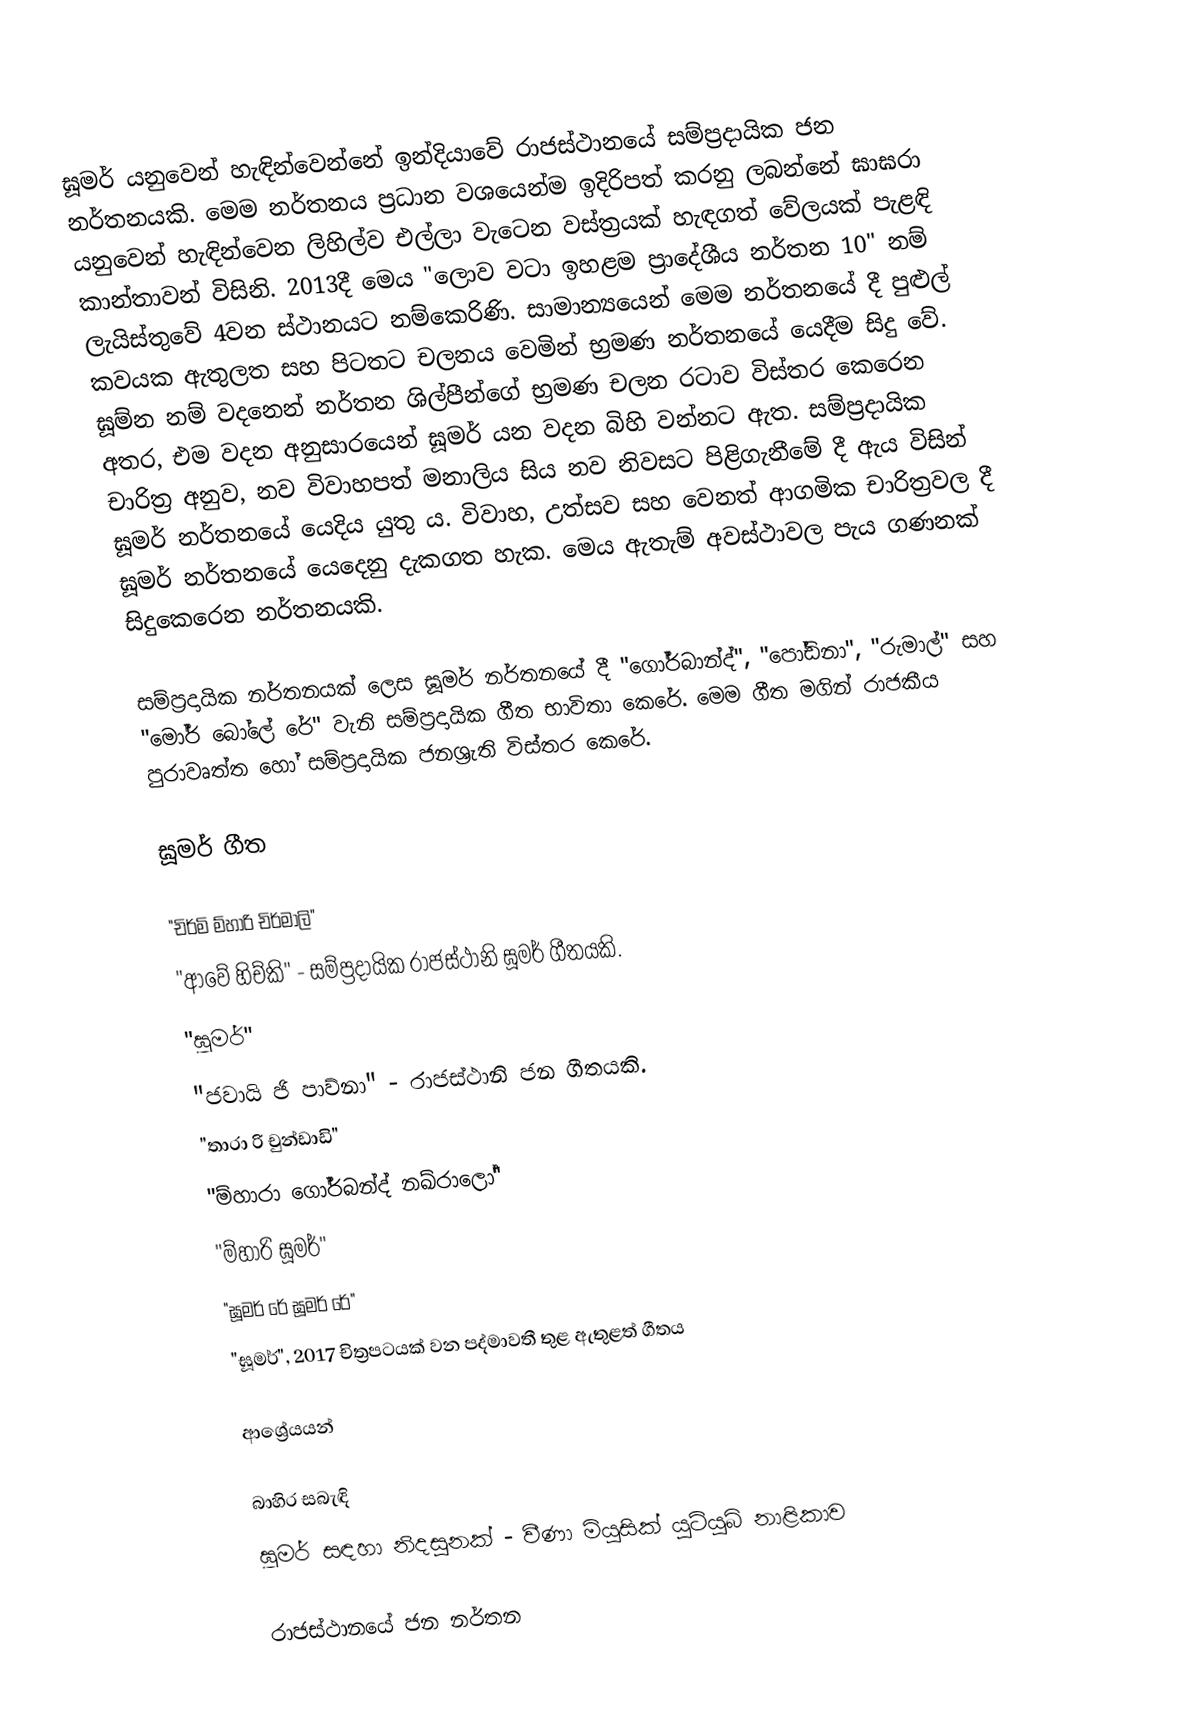
ඝූමර් යනුවෙන් හැඳින්වෙන්නේ ඉන්දියාවේ රාජස්ථානයේ සම්ප්‍රදායික ජන නර්තනයකි. මෙම නර්තනය ප්‍රධාන වශයෙන්ම ඉදිරිපත් කරනු ලබන්නේ ඝාඝරා යනුවෙන් හැඳින්වෙන ලිහිල්ව එල්ලා වැටෙන වස්ත්‍රයක් හැඳගත් වේලයක් පැළඳි කාන්තාවන් විසිනි. 2013දී මෙය "ලොව වටා ඉහළම ප්‍රාදේශීය නර්තන 10" නම් ලැයිස්තුවේ 4වන ස්ථානයට නම්කෙරිණි. සාමාන්‍යයෙන් මෙම නර්තනයේ දී පුළුල් කවයක ඇතුලත සහ පිටතට චලනය වෙමින් භ්‍රමණ නර්තනයේ යෙදීම සිදු වේ. ඝූම්න නම් වදනෙන් නර්තන ශිල්පීන්ගේ භ්‍රමණ චලන රටාව විස්තර කෙරෙන අතර, එම වදන අනුසාරයෙන් ඝූමර් යන වදන බිහි වන්නට ඇත. සම්ප්‍රදායික චාරිත්‍ර අනුව, නව විවාහපත් මනාලිය සිය නව නිවසට පිළිගැනීමේ දී ඇය විසින් ඝූමර් නර්තනයේ යෙදිය යුතු ය. විවාහ, උත්සව සහ වෙනත් ආගමික චාරිත්‍රවල දී ඝූමර් නර්තනයේ යෙදෙනු දැකගත හැක. මෙය ඇතැම් අවස්ථාවල පැය ගණනක් සිදුකෙරෙන නර්තනයකි.

සම්ප්‍රදායික නර්තනයක් ලෙස ඝූමර් නර්තනයේ දී "ගෝර්බාන්ද්", "පෝඩිනා", "රුමාල්" සහ "මෝර් බෝලේ රේ" වැනි සම්ප්‍රදායික ගීත භාවිතා කෙරේ. මෙම ගීත මගින් රාජකීය පුරාවෘත්ත හෝ සම්ප්‍රදායික ජනශ්‍රැති විස්තර කෙරේ.

ඝූමර් ගීත

 "චිර්මි ම්හාරි චිර්මාලි"
 "ආවේ හිච්කි" - සම්ප්‍රදායික රාජස්ථානි ඝූමර් ගීතයකි.
 "ඝූමර්"
 "ජවායි ජි පාව්නා" - රාජස්ථානි ජන ගීතයකි.
 "තාරා රි චුන්ඩාඩි"
 "ම්හාරා ගෝර්බන්ද් නඛ්රාලෝ"
 "ම්හාරි ඝූමර්"
 "ඝූමර් රේ ඝූමර් රේ"
 "ඝූමර්", 2017 චිත්‍රපටයක් වන පද්මාවතී තුළ ඇතුළත් ගීතය

ආශ්‍රේයයන්

බාහිර සබැඳි
 ඝූමර් සඳහා නිදසුනක් - වීණා මියුසික් යූටියුබ් නාළිකාව

රාජස්ථානයේ ජන නර්තන